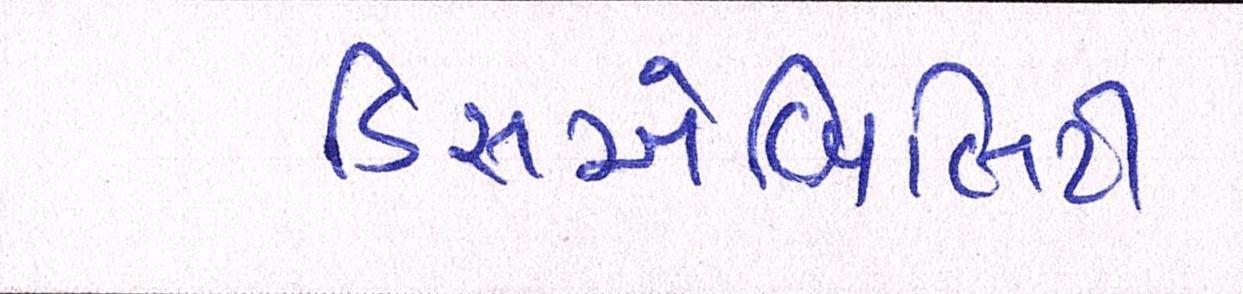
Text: ડિસએબિલિટી